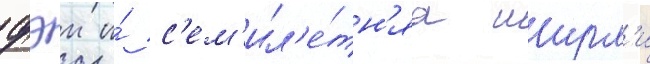
фэи и́ с'ем'ил'е́тн'яа ширл'и